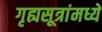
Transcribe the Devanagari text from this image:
गृह्यसूत्रांमध्ये